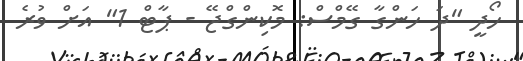
ހޯދީ "ދަ ހަންގާ ގޭމްސް: މޮކިންގްޖޭ - ޕާޓް 1" އަށް ވުރެ